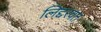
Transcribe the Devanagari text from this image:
लिद्दरवत